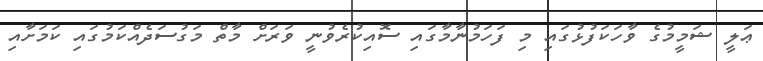
ޢަލީ ޝަމީމުގެ ވާހަކަފުޅުގައި މި ފަހަމުނާމާގައި ސޮއިކުރެވުނީ ވަރަށް މާތް މަގުސަދެއްކަމުގައި ކަމަށާއި